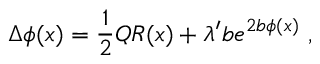
\Delta \phi ( x ) = { \frac { 1 } { 2 } } Q R ( x ) + \lambda ^ { \prime } b e ^ { 2 b \phi ( x ) } \ ,